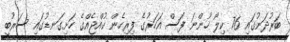
ބަރުދަނުގައި 76 ކިލޯ ހުންނަ ފަސް އަހަރުގެ ފިރިހެން ކުއްޖެއްގެ ހަށިގަނޑުގައި ސަރުބީ